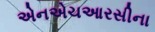
એનએચઆરસીના